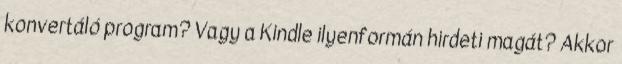
konvertáló program? Vagy a Kindle ilyenformán hirdeti magát? Akkor